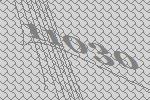
11030